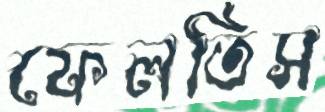
ফেলতিস